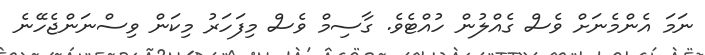
ނަމަ އެންމެނަށް ވެސް ގެއްލުން ހުއްޓެވެ. ގާސިމް ވެސް މިފަހަރު މިކަން ވިސްނަންޖެހޭނެ